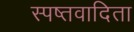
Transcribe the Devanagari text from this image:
स्पष्तवादिता